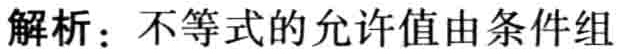
解析：不等式的允许值由条件组